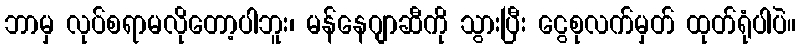
ဘာမှ လုပ်စရာမလိုတော့ပါဘူး၊ မန်နေဂျာဆီကို သွားပြီး ငွေစုလက်မှတ် ထုတ်ရုံပါပဲ။